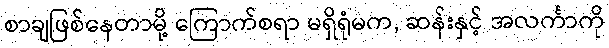
စာချဖြစ်နေတာမို့ ကြောက်စရာ မရှိရုံမက, ဆန်းနှင့် အလင်္ကာကို